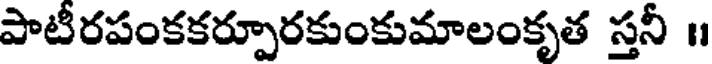
పాటీరపంకకర్పూరకుంకుమాలంకృత స్తనీ ॥